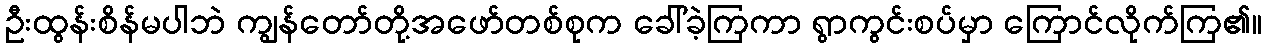
ဦးထွန်းစိန်မပါဘဲ ကျွန်တော်တို့အဖော်တစ်စုက ခေါ်ခဲ့ကြကာ ရွာကွင်းစပ်မှာ ကြောင်လိုက်ကြ၏။